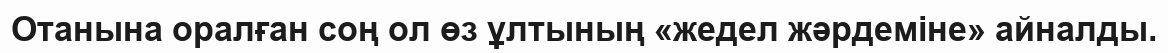
Отанына оралған соң ол өз ұлтының «жедел жәрдеміне» айналды.